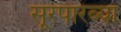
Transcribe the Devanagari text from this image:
सूरपारंब्या